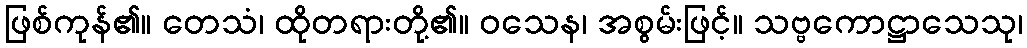
ဖြစ်ကုန်၏။ တေသံ၊ ထိုတရားတို့၏။ ဝသေန၊ အစွမ်းဖြင့်။ သဗ္ဗကောဋ္ဌာသေသု၊